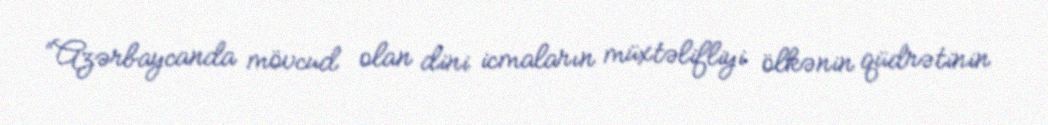
“Azərbaycanda mövcud olan dini icmaların müxtəlifliyi ölkənin qüdrətinin